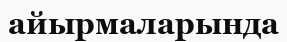
айырмаларында